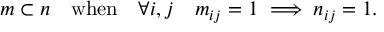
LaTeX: m \subset n \quad { \mathrm { w h e n } } \quad \forall i , j \quad m _ { i j } = 1 \implies n _ { i j } = 1 .